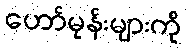
ဟော်မုန်းများကို